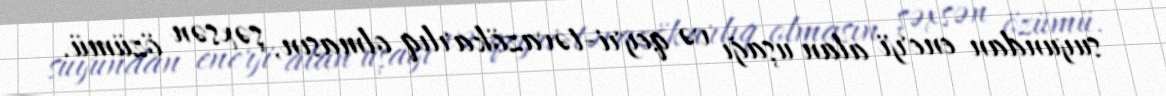
suyundan enerji alan uşağı və qeyri-təvazökarlıq olmasın, şəxsən özümü.